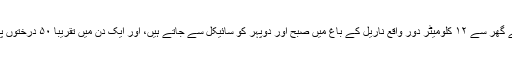
وہ روزانہ اپنے گھر سے ۱۲ کلومیٹر دور واقع ناریل کے باغ میں صبح اور دوپہر کو سائیکل سے جاتے ہیں، اور ایک دن میں تقریباً ۵۰ درختوں پر چڑھتے ہیں۔